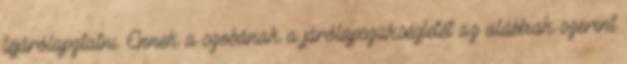
lejárólapztatni. Ennek a szobának a járólapszükségletét az alábbiak szerint